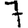
Digit: 7